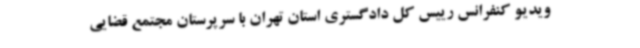
ویدیو کنفرانس رییس کل دادگستری استان تهران با سرپرستان مجتمع قضایی